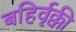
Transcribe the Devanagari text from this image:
बहिर्वृक्की